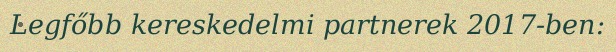
Legfőbb kereskedelmi partnerek 2017-ben: